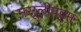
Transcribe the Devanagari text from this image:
मसूलीपट्टम